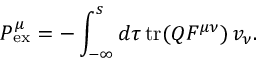
{ P } _ { \mathrm { e x } } ^ { \mu } = - \int _ { - \infty } ^ { s } d \tau \, \mathrm { t r } ( Q F ^ { \mu \nu } ) \, v _ { \nu } .